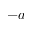
- a